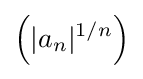
\left(|a_{n}|^{1/n}\right)